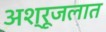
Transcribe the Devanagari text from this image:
अश्रूजलात